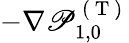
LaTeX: -\nabla\mathscr{P}_{1,0}^{\mathrm{{~(~T~)~}}}